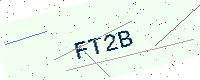
Text: FT2B